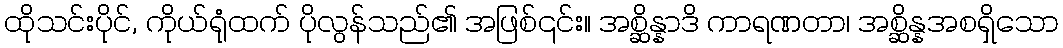
ထိုသင်းပိုင်, ကိုယ်ရုံထက် ပိုလွန်သည်၏ အဖြစ်၎င်း။ အစ္ဆိန္နာဒိ ကာရဏတာ၊ အစ္ဆိန္နအစရှိသော